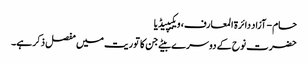
حام - آزاد دائرۃ المعارف، ویکیپیڈیا
حضرت نوح کے دوسرے بیٹے جن کا توریت میں مفصل ذکر ہے۔